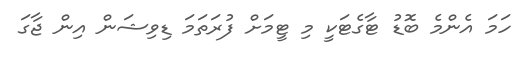
ހަމަ އެންމެ ބޮޑު ޓާގެޓަކީ މި ޓީމަށް ފުރަތަމަ ޑިވިޝަން އިން ޖާގަ